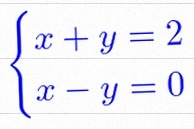
\begin{cases}x+y=2\\x-y=0\end{cases}